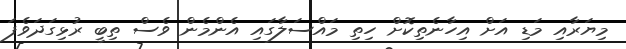
މިޔަރާއި މަޑި އަށް އިހާނެތިކޮށް ހިތި މައްސަލާގައި އެންމެން ވެސް ތިބީ ރުޅިގަދަވެފަ